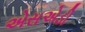
એસએડી